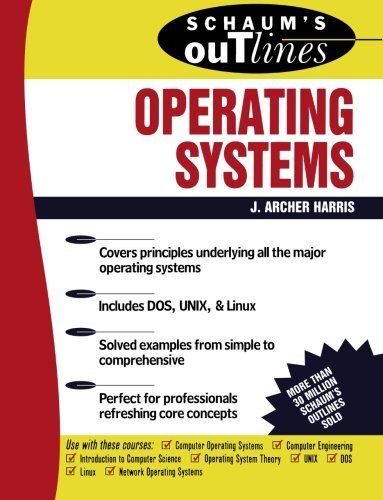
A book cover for Schaum's Outline of Operating Systems; J. Archer Harris; Computers & Technology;